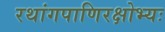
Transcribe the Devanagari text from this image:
रथांगपाणिरक्षोभ्यः